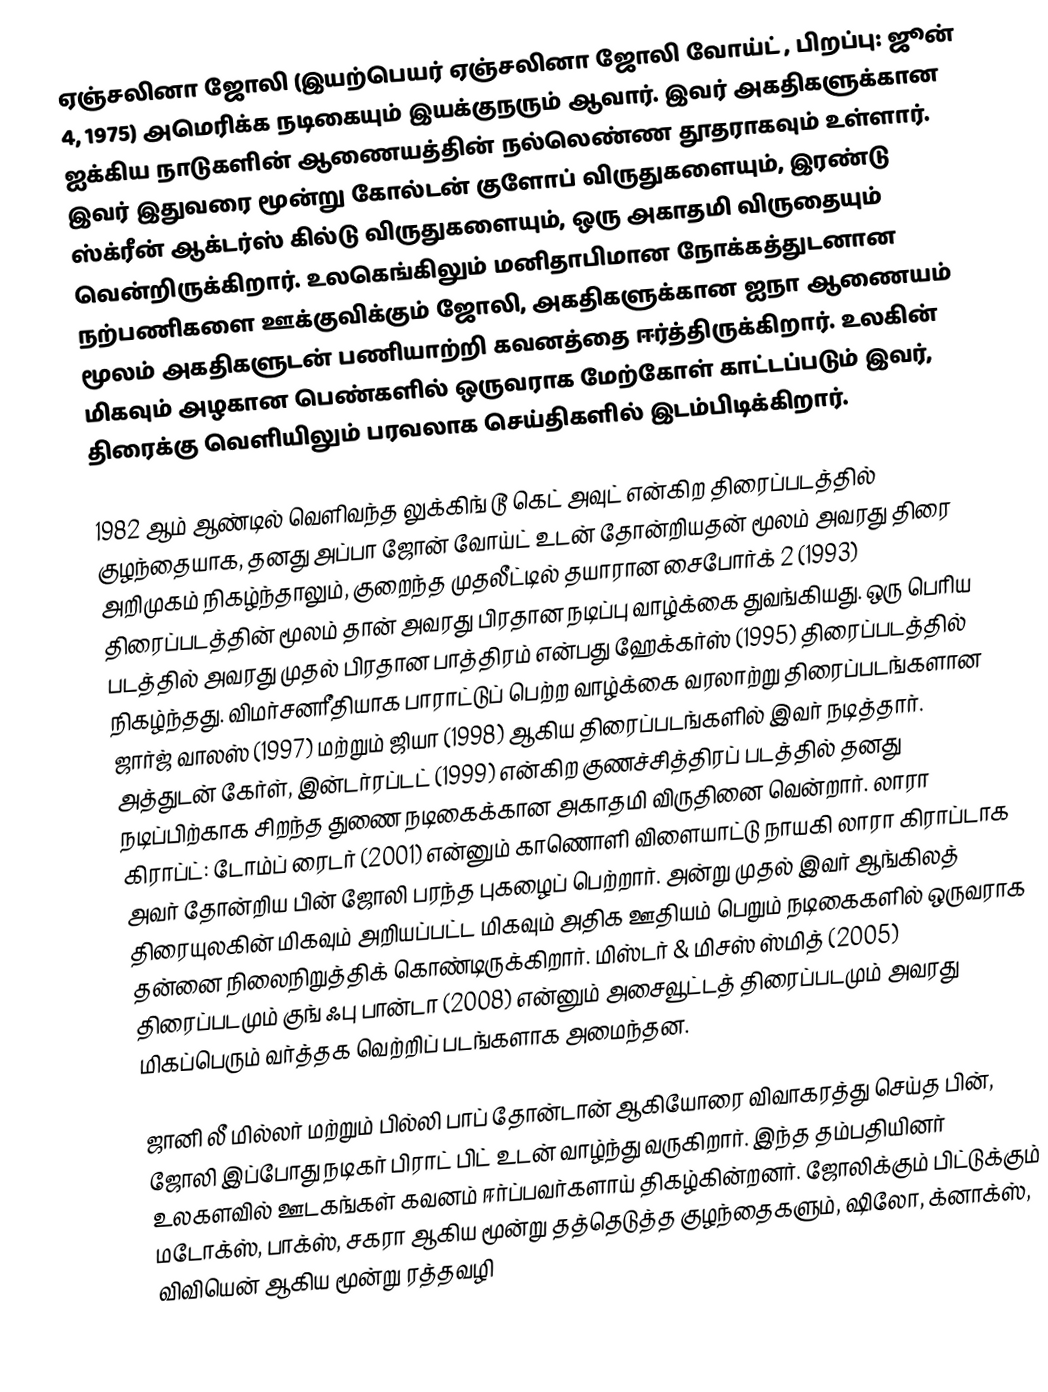
ஏஞ்சலினா ஜோலி (இயற்பெயர் ஏஞ்சலினா ஜோலி வோய்ட் , பிறப்பு: ஜூன் 4, 1975) அமெரிக்க  நடிகையும் இயக்குநரும் ஆவார்.  இவர் அகதிகளுக்கான ஐக்கிய நாடுகளின் ஆணையத்தின் நல்லெண்ண தூதராகவும் உள்ளார். இவர் இதுவரை மூன்று கோல்டன் குளோப் விருதுகளையும், இரண்டு ஸ்க்ரீன் ஆக்டர்ஸ் கில்டு விருதுகளையும், ஒரு அகாதமி விருதையும் வென்றிருக்கிறார். உலகெங்கிலும் மனிதாபிமான நோக்கத்துடனான நற்பணிகளை ஊக்குவிக்கும் ஜோலி, அகதிகளுக்கான ஐநா ஆணையம் மூலம் அகதிகளுடன் பணியாற்றி கவனத்தை ஈர்த்திருக்கிறார். உலகின் மிகவும் அழகான பெண்களில் ஒருவராக மேற்கோள் காட்டப்படும் இவர், திரைக்கு வெளியிலும் பரவலாக செய்திகளில் இடம்பிடிக்கிறார்.

1982 ஆம் ஆண்டில் வெளிவந்த லுக்கிங் டூ கெட் அவுட் என்கிற திரைப்படத்தில் குழந்தையாக, தனது அப்பா ஜோன் வோய்ட் உடன் தோன்றியதன் மூலம் அவரது திரை அறிமுகம் நிகழ்ந்தாலும், குறைந்த முதலீட்டில் தயாரான சைபோர்க் 2 (1993) திரைப்படத்தின் மூலம் தான் அவரது பிரதான நடிப்பு வாழ்க்கை துவங்கியது. ஒரு பெரிய படத்தில் அவரது முதல் பிரதான பாத்திரம் என்பது ஹேக்கர்ஸ் (1995) திரைப்படத்தில் நிகழ்ந்தது. விமர்சனரீதியாக பாராட்டுப் பெற்ற வாழ்க்கை வரலாற்று திரைப்படங்களான ஜார்ஜ் வாலஸ் (1997) மற்றும் ஜியா (1998) ஆகிய திரைப்படங்களில் இவர் நடித்தார். அத்துடன் கேர்ள், இன்டர்ரப்டட் (1999) என்கிற குணச்சித்திரப் படத்தில் தனது நடிப்பிற்காக சிறந்த துணை நடிகைக்கான அகாதமி விருதினை வென்றார். லாரா கிராப்ட்: டோம்ப் ரைடர் (2001) என்னும் காணொளி விளையாட்டு நாயகி லாரா கிராப்டாக அவர் தோன்றிய பின் ஜோலி பரந்த புகழைப் பெற்றார். அன்று முதல் இவர் ஆங்கிலத் திரையுலகின் மிகவும் அறியப்பட்ட மிகவும் அதிக ஊதியம் பெறும் நடிகைகளில் ஒருவராக தன்னை நிலைநிறுத்திக் கொண்டிருக்கிறார். மிஸ்டர் & மிசஸ் ஸ்மித் (2005) திரைப்படமும் குங் ஃபு பான்டா (2008) என்னும் அசைவூட்டத் திரைப்படமும் அவரது மிகப்பெரும் வர்த்தக வெற்றிப் படங்களாக அமைந்தன.

ஜானி லீ மில்லர் மற்றும் பில்லி பாப் தோன்டான் ஆகியோரை விவாகரத்து செய்த பின், ஜோலி இப்போது நடிகர் பிராட் பிட் உடன் வாழ்ந்து வருகிறார். இந்த தம்பதியினர் உலகளவில் ஊடகங்கள் கவனம் ஈர்ப்பவர்களாய் திகழ்கின்றனர். ஜோலிக்கும் பிட்டுக்கும் மடோக்ஸ், பாக்ஸ், சகரா ஆகிய மூன்று தத்தெடுத்த குழந்தைகளும், ஷிலோ, க்னாக்ஸ், விவியென் ஆகிய மூன்று ரத்தவழி